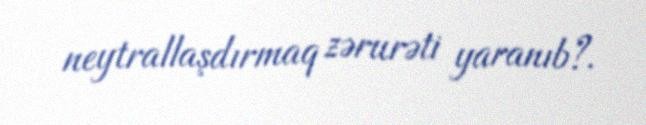
neytrallaşdırmaq zərurəti yaranıb?.